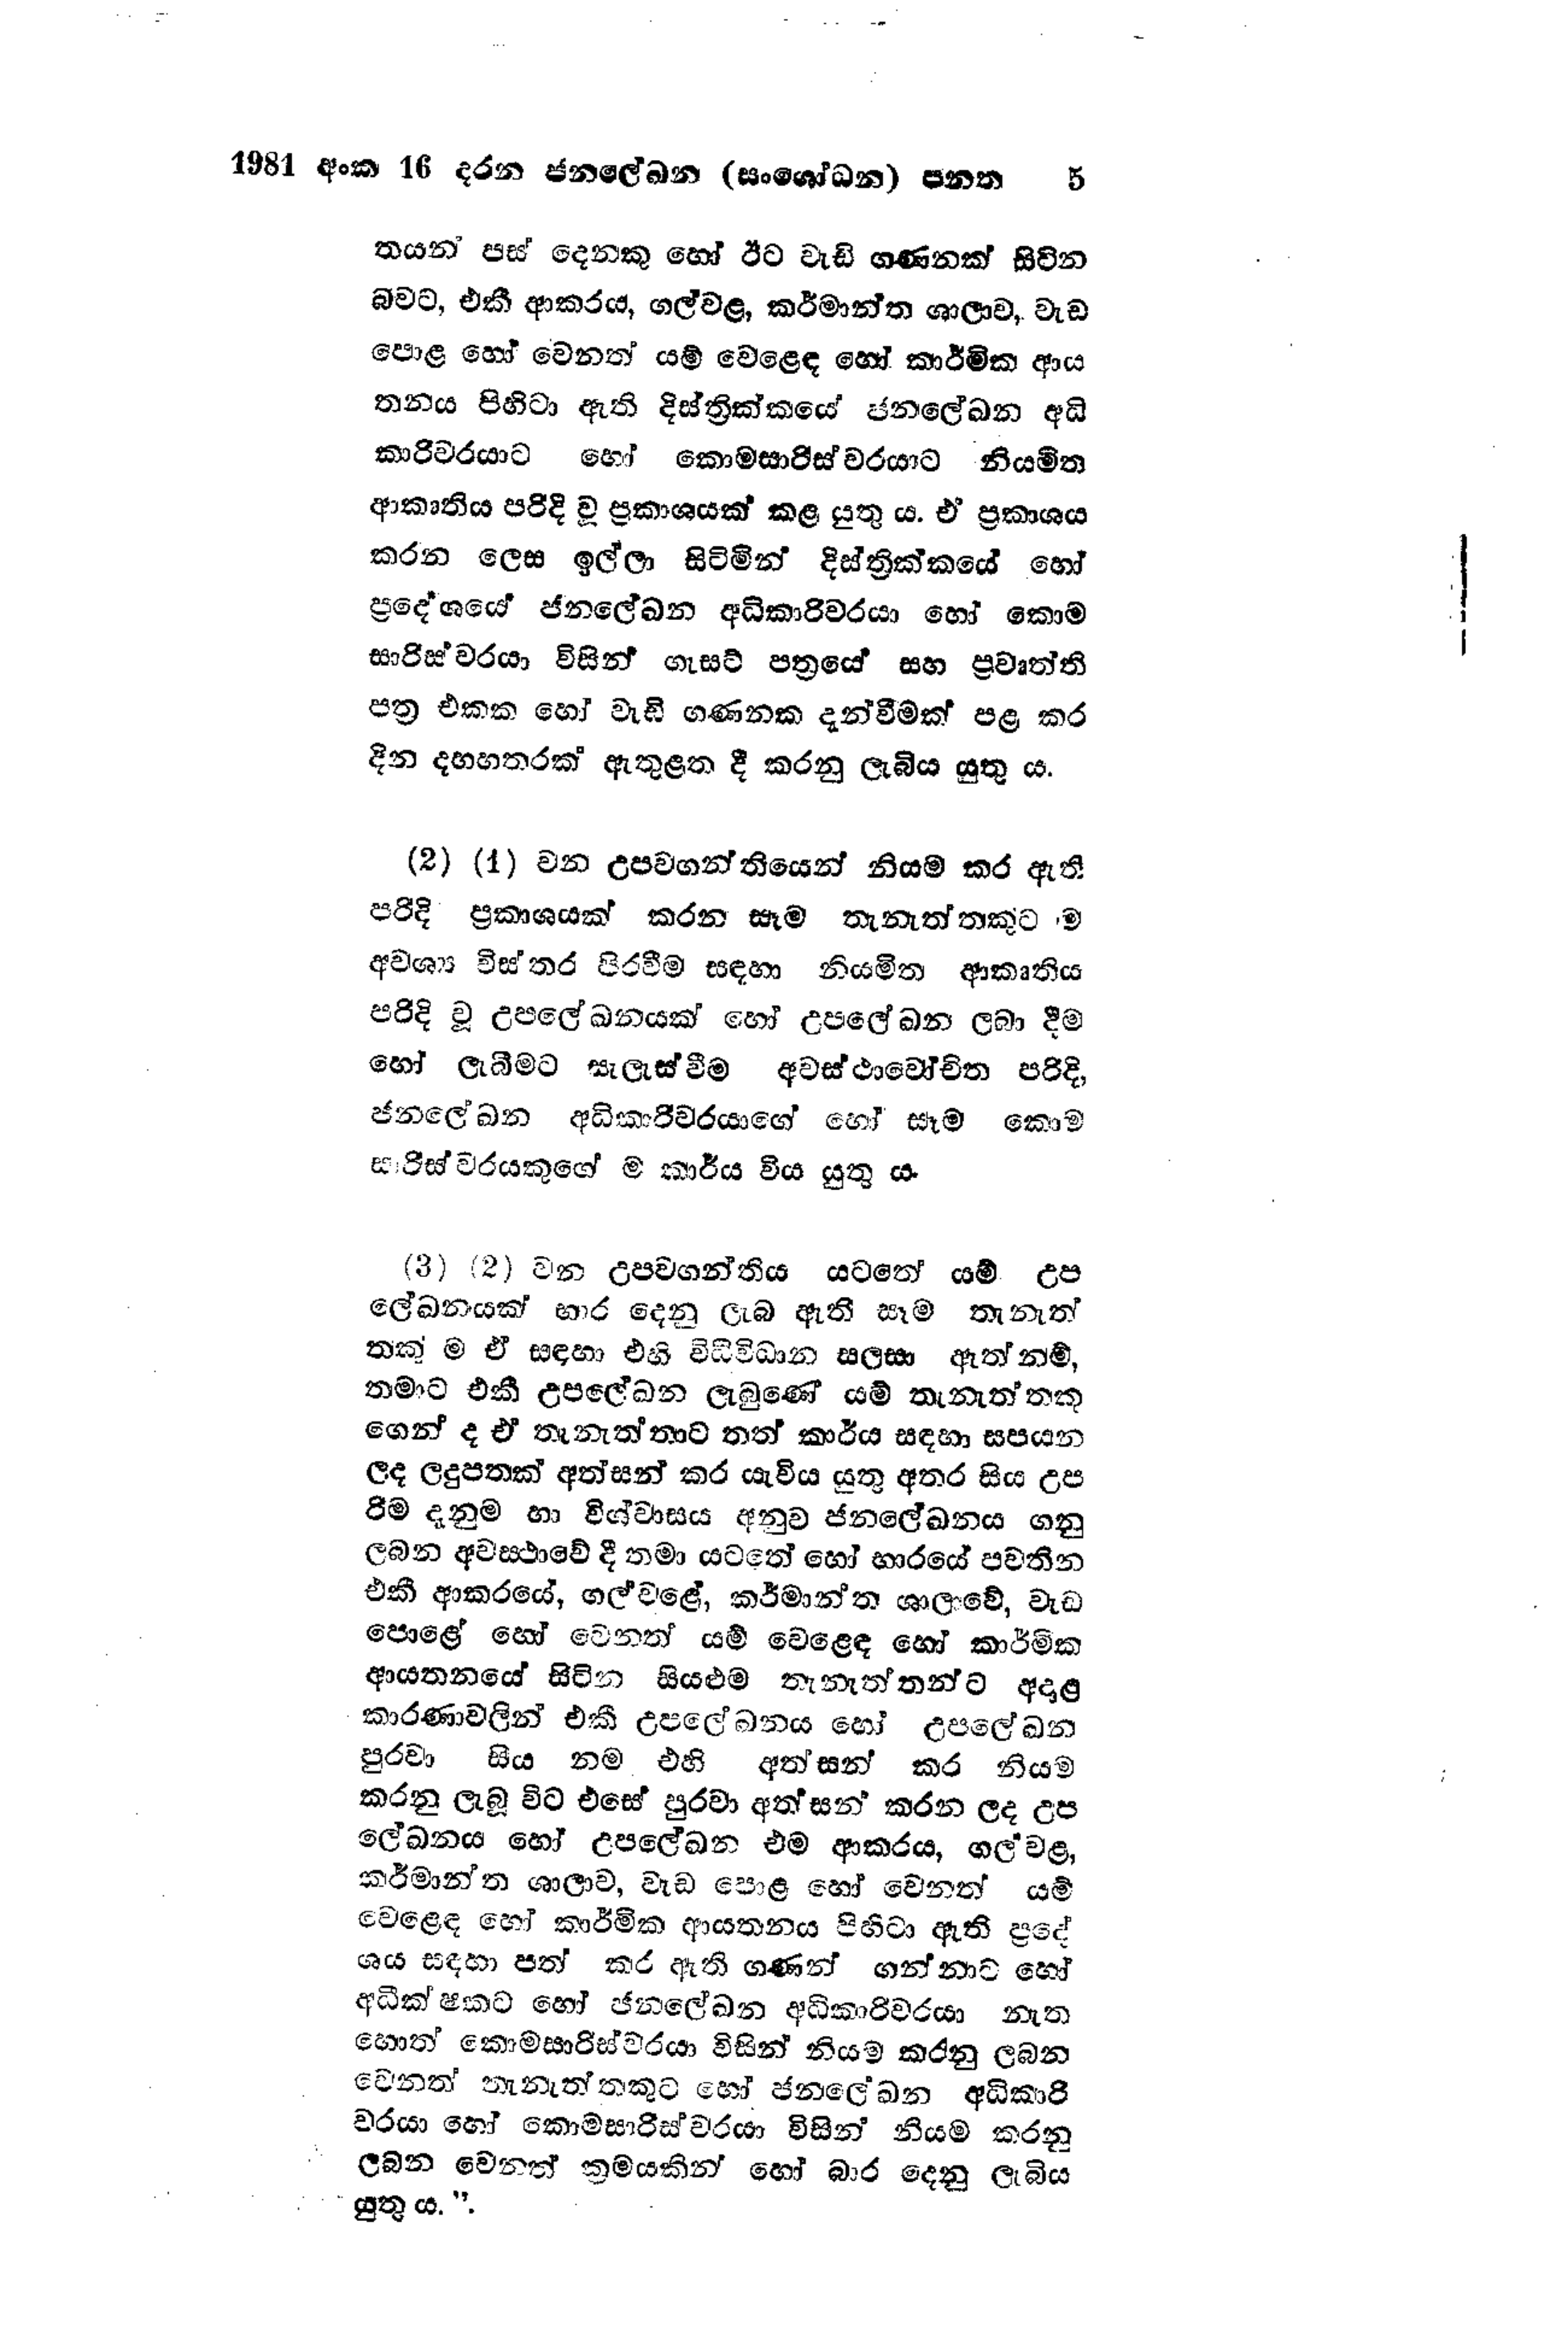
1981 අංක 16 දරන ජන ලේඛන (සංශෝධන) පනත		5

තයන් පස් දෙනකු හෝ ඊට වැඩි ගණනක් සිටින
බවට, එකී ආකරය, ගල්වළ, කර්මාන්ත ශාලාව, වැඩ
පොළ හෝ වෙනත් යම් වෙළෙඳ හෝ කාර්මික ආය
තනය පිහිටා ඇති දිස්ත්‍රික්කයේ ජන ලේඛන අධි
කාරීවරයාට හෝ කොමසාරිස්වරයාට නියමිත
ආකෘතිය පරිදි වූ ප්‍රකාශයක් කළ යුතු ය. ඒ ප්‍රකාශය
කරන ලෙස ඉල්ලා සිටිමින් දිස්ත්‍රික්කයේ හෝ
ප්‍රදේශයේ ජන ලේඛන අධිකාරිවරයා හෝ කොම
සාරිස්වරයා විසින් ගැසට් පත්‍රයේ සහ ප්‍රවෘත්ති
පත්‍ර එකක හෝ වැඩි ගණනක දැන්වීමක් පළ කර
දින දහහතරක් ඇතුළත දී කරනු ලැබිය යුතු ය.

(2) (1) වන උපවගන්තියෙන් නියම කර ඇති
පරිදි ප්‍රකාශයක් කරන සෑම තැනැත්තකුට ම
අවශ්‍ය විස්තර පිරවීම සඳහා නියමිත ආකෘතිය
පරිදි වූ උප ලේඛනයක් හෝ උපලේඛන ලබා දීම
හෝ ලැබීමට සැලැස්වීම අවස්ථාවෝචිත පරිදි,
ජනලේඛන අධිකාරිවරයාගේ හෝ සෑම කොම
සාරිස්වරයකුගේ ම කාර්ය විය යුතු ය.

(3) (2) වන උපවගන්තිය යටතේ යම් උප
ලේඛනයක් භාර දෙනු ලැබ ඇති සෑම තැනැත්
තකු ම ඒ සඳහා එහි විධිවිධාන සලසා ඇත් නම්,
තමාට එකී උපලේඛන ලැබුණේ යම් තැනැත්තකු
ගෙන් ද ඒ තැනැත්තාට තත් කාර්ය සඳහා සපයන
ලද ලදුපතක් අත්සන් කර යැවිය යුතු අතර සිය උප
රිම දැනුම හා විශ්වාසය අනුව ජනලේඛනය ගනු
ලබන අවස්ථාවේ දී තමා යටතේ හෝ භාරයේ පවතින
එකී ආකරයේ, ගල්වළේ, කර්මාන්ත ශාලාවේ, වැඩ
පොළේ හෝ වෙනත් යම් වෙළෙඳ හෝ කාර්මික
ආයතනයේ සිටින සියළුම තැනැත්තන්ට අදාළ
කාරණාවලින් එකී උපලේඛනය හෝ උපලේඛන
පුරවා සිය නම එහි අත්සන් කර නියම
කරනු ලැබූ විට එසේ පුරවා අත්සන් කරන ලද උප
ලේඛනය හෝ උපලේඛන එම ආකරය, ගල් වළ,
කර්මාන්ත ශාලාව, වැඩ පොළ හෝ වෙනත් යම්
වෙළෙඳ හෝ කාර්මික ආයතනය පිහිටා ඇති ප්‍රදේ
ශය සඳහා පත් කර ඇති ගණන් ගන්නාට හෝ
අධීක්ෂකට හෝ ජනලේඛන අධිකාරිවරයා නැත
හොත් කොමසාරිස්වරයා විසින් නියම කරනු ලබන
වෙනත් තැනැත්තකුට හෝ ජනලේඛන අධිකාරි
වරයා හෝ කොමසාරිස්වරයා විසින් නියම කරනු
ලබන වෙනත් ක්‍රමයකින් හෝ බාර දෙනු ලැබිය
යුතු ය.

;